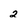
Character: 2